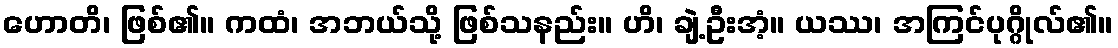
ဟောတိ၊ ဖြစ်၏။ ကထံ၊ အဘယ်သို့ ဖြစ်သနည်း။ ဟိ၊ ချဲ့ဦးအံ့။ ယဿ၊ အကြင်ပုဂ္ဂိုလ်၏။